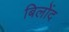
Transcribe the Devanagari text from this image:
बिलोंद